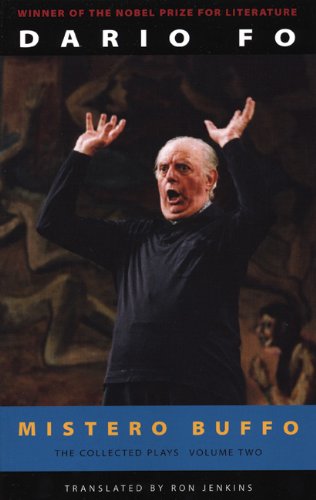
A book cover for Mistero Buffo: The Collected Plays of Dario Fo, Volume 2; Dario Fo; Literature & Fiction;